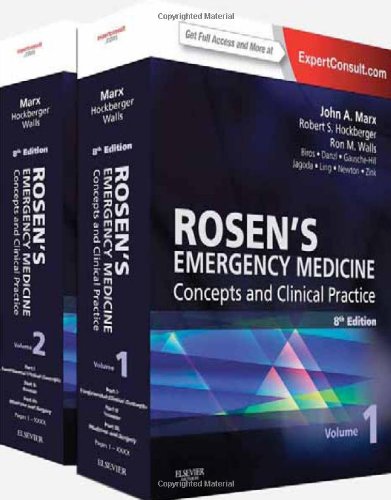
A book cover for (2-Volume Set) Rosen's Emergency Medicine - Concepts and Clinical Practice : Expert Consult Premium Edition - Enhanced Online Features and Print, 8e; John Marx MD; Medical Books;